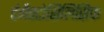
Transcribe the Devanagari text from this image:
टंगैस्टोसिलिसिक